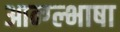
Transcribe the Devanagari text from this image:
आन्ग्ल्भाषा